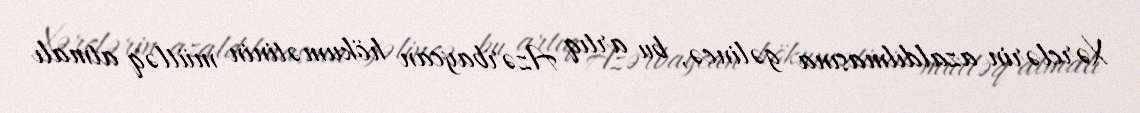
Xərclərin azaldılmasına gəlincə, bu artıq Azərbaycan hökumətinin mütləq atmalı